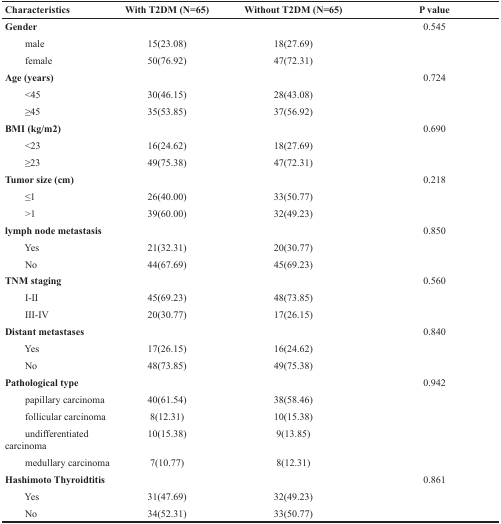
<table><thead><tr><td><b>Characteristics</b></td><td><b>With T2DM (N=65)</b></td><td><b>Without T2DM (N=65)</b></td><td><b>P value</b></td></tr></thead><tbody><tr><td><b>Gender</b></td><td>[EMPTY_CELL]</td><td>[EMPTY_CELL]</td><td>0.545</td></tr><tr><td>male</td><td>15(23.08)</td><td>18(27.69)</td><td>[EMPTY_CELL]</td></tr><tr><td>female</td><td>50(76.92)</td><td>47(72.31)</td><td>[EMPTY_CELL]</td></tr><tr><td><b>Age (years)</b></td><td>[EMPTY_CELL]</td><td>[EMPTY_CELL]</td><td>0.724</td></tr><tr><td>&lt;45</td><td>30(46.15)</td><td>28(43.08)</td><td>[EMPTY_CELL]</td></tr><tr><td>≥45</td><td>35(53.85)</td><td>37(56.92)</td><td>[EMPTY_CELL]</td></tr><tr><td><b>BMI (kg/m2)</b></td><td>[EMPTY_CELL]</td><td>[EMPTY_CELL]</td><td>0.690</td></tr><tr><td>&lt;23</td><td>16(24.62)</td><td>18(27.69)</td><td>[EMPTY_CELL]</td></tr><tr><td>≥23</td><td>49(75.38)</td><td>47(72.31)</td><td>[EMPTY_CELL]</td></tr><tr><td><b>Tumor size (cm)</b></td><td>[EMPTY_CELL]</td><td>[EMPTY_CELL]</td><td>0.218</td></tr><tr><td>≤1</td><td>26(40.00)</td><td>33(50.77)</td><td>[EMPTY_CELL]</td></tr><tr><td>&gt;1</td><td>39(60.00)</td><td>32(49.23)</td><td>[EMPTY_CELL]</td></tr><tr><td><b>lymph node metastasis</b></td><td>[EMPTY_CELL]</td><td>[EMPTY_CELL]</td><td>0.850</td></tr><tr><td>Yes</td><td>21(32.31)</td><td>20(30.77)</td><td>[EMPTY_CELL]</td></tr><tr><td>No</td><td>44(67.69)</td><td>45(69.23)</td><td>[EMPTY_CELL]</td></tr><tr><td><b>TNM staging</b></td><td>[EMPTY_CELL]</td><td>[EMPTY_CELL]</td><td>0.560</td></tr><tr><td>I-II</td><td>45(69.23)</td><td>48(73.85)</td><td>[EMPTY_CELL]</td></tr><tr><td>III-IV</td><td>20(30.77)</td><td>17(26.15)</td><td>[EMPTY_CELL]</td></tr><tr><td><b>Distant metastases</b></td><td>[EMPTY_CELL]</td><td>[EMPTY_CELL]</td><td>0.840</td></tr><tr><td>Yes</td><td>17(26.15)</td><td>16(24.62)</td><td>[EMPTY_CELL]</td></tr><tr><td>No</td><td>48(73.85)</td><td>49(75.38)</td><td>[EMPTY_CELL]</td></tr><tr><td><b>Pathological type</b></td><td>[EMPTY_CELL]</td><td>[EMPTY_CELL]</td><td>0.942</td></tr><tr><td>papillary carcinoma</td><td>40(61.54)</td><td>38(58.46)</td><td>[EMPTY_CELL]</td></tr><tr><td>follicular carcinoma</td><td>8(12.31)</td><td>10(15.38)</td><td>[EMPTY_CELL]</td></tr><tr><td>undifferentiated carcinoma</td><td>10(15.38)</td><td>9(13.85)</td><td>[EMPTY_CELL]</td></tr><tr><td>medullary carcinoma</td><td>7(10.77)</td><td>8(12.31)</td><td>[EMPTY_CELL]</td></tr><tr><td><b>Hashimoto Thyroidtitis</b></td><td>[EMPTY_CELL]</td><td>[EMPTY_CELL]</td><td>0.861</td></tr><tr><td>Yes</td><td>31(47.69)</td><td>32(49.23)</td><td>[EMPTY_CELL]</td></tr><tr><td>No</td><td>34(52.31)</td><td>33(50.77)</td><td>[EMPTY_CELL]</td></tr></tbody></table>